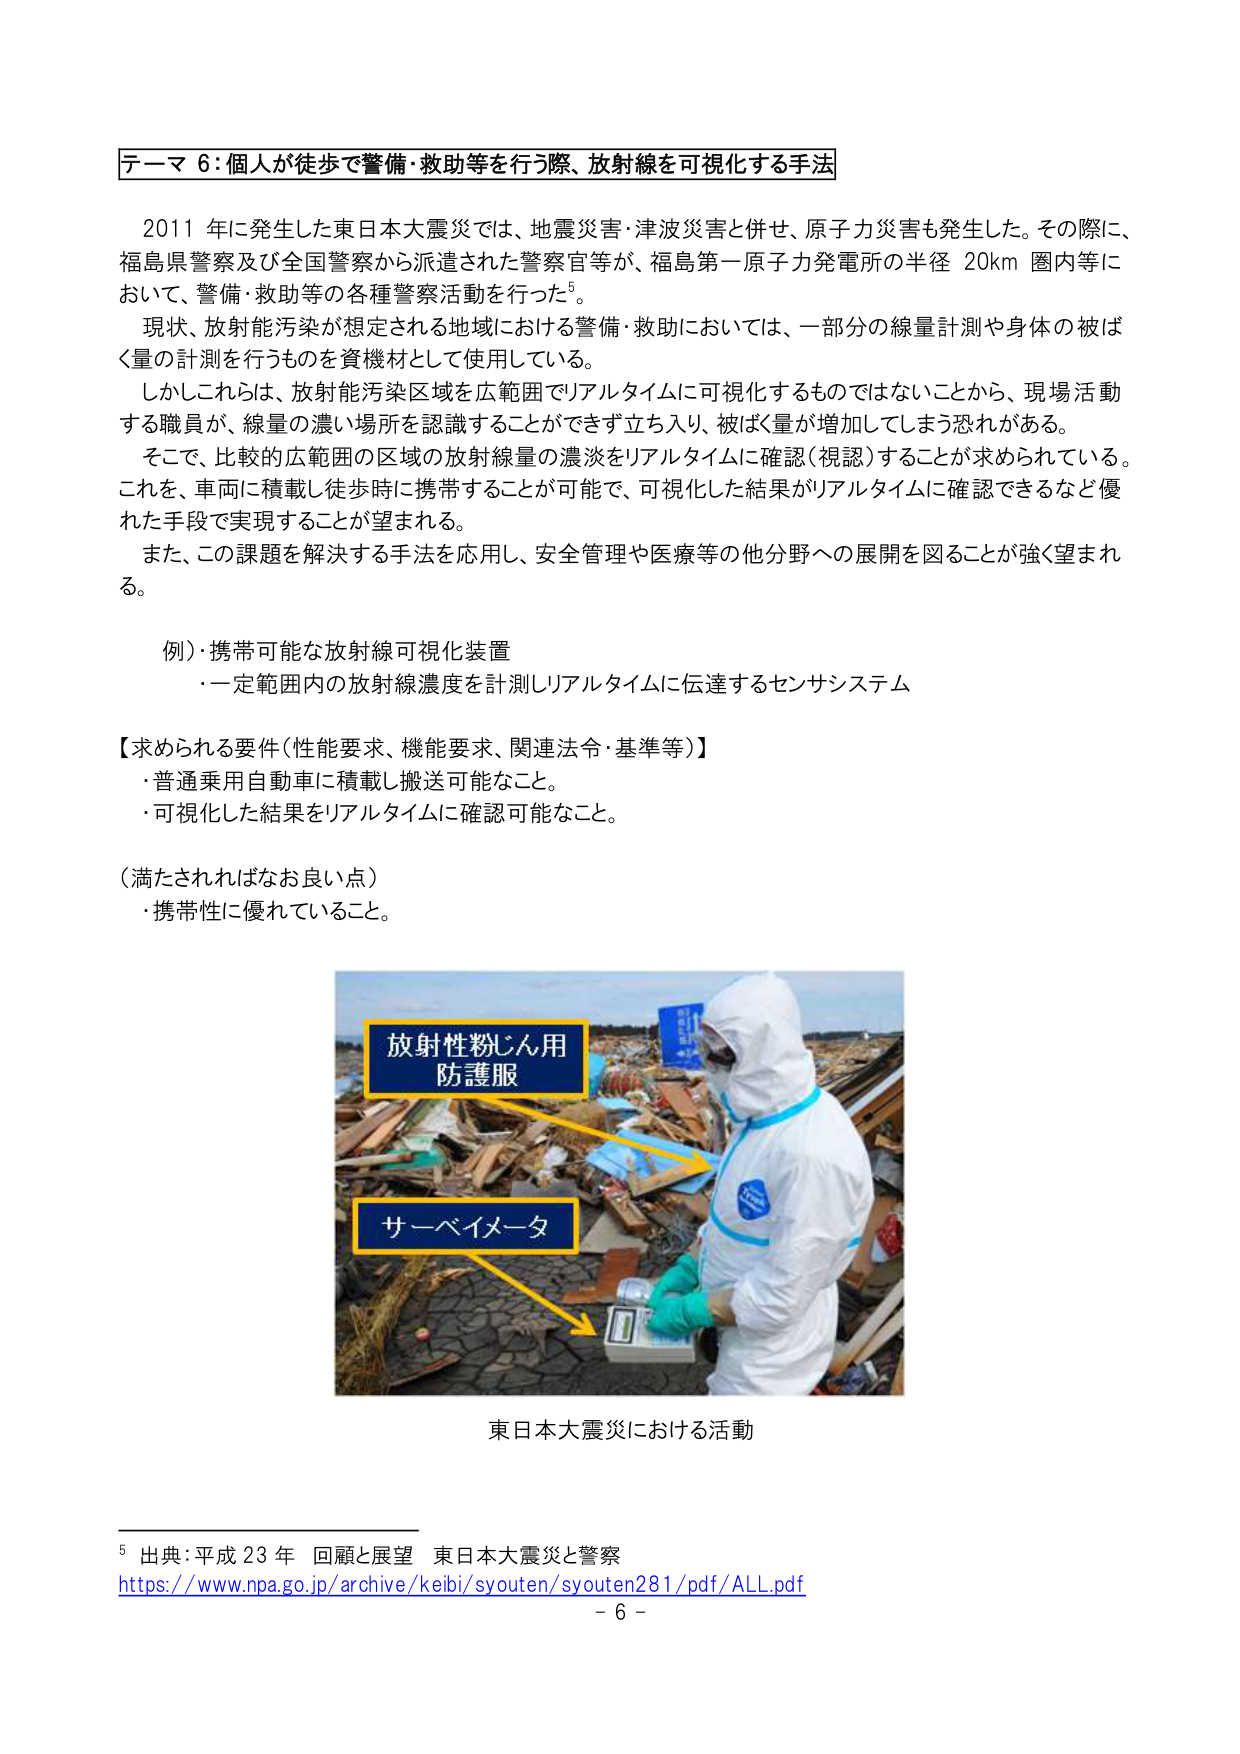
テーマ６：個人が徒歩で警備・救助等を行う際、放射線を可視化する手法

2011年に発生した東日本大震災では、地震災害・津波災害と併せ、原子力災害も発生した。その際に、福島県警察及び全国警察から派遣された警察官等が、福島第一原子力発電所の半径20km圏内等において、警備・救助等の各種警察活動を行った⁵。

現状、放射能汚染が想定される地域における警備・救助においては、一部分の線量計測や身体の被ばく量の計測を行うものを資機材として使用している。

しかしこれらは、放射能汚染区域を広範囲でリアルタイムに可視化するものではないことから、現場活動する職員が、線量の濃い場所を認識することができず立ち入り、被ばく量が増加してしまう恐れがある。

そこで、比較的広範囲の区域の放射線量の濃淡をリアルタイムに確認（視認）することが求められている。これを、車両に積載し徒歩時に携帯することが可能で、可視化した結果がリアルタイムに確認できるなど優れた手段で実現することが望まれる。

また、この課題を解決する手法を応用し、安全管理や医療等の他分野への展開を図ることが強く望まれる。

例）携帯可能な放射線可視化装置
・一定範囲内の放射線濃度を計測しリアルタイムに伝達するセンサシステム

【求められる要件（性能要求、機能要求、関連法令・基準等）】
・普通乗用自動車に積載し搬送可能なこと。
・可視化した結果をリアルタイムに確認可能なこと。

（満たされればなお良い点）
・携帯性に優れていること。

放射性粉じん用
防護服

サーベイメータ

東日本大震災における活動

⁵ 出典：平成23年 回顧と展望 東日本大震災と警察
https://www.npa.go.jp/archive/keibi/syouten/syouten281/pdf/ALL.pdf
－6－